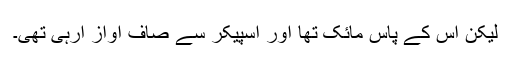
لیکن اس کے پاس مائک تھا اور اسپیکر سے صاف آواز آرہی تھی۔